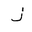
Letter: _thal